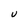
Character: U